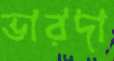
ভারদা